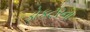
ડોકટરના